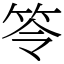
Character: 笭